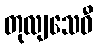
တုလျသေဝီ